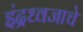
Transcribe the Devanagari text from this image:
इंद्रध्वजाचे